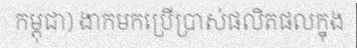
កម្ពុជា) ងាកមកប្រើប្រាស់ផលិតផលក្នុង